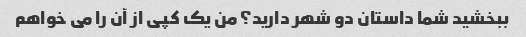
ببخشید شما داستان دو شهر دارید؟ من یک کپی از آن را می خواهم